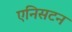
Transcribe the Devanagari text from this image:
एनिसटन